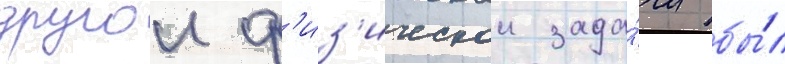
другои ф'из'ическои зада́чи бы́л